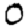
Digit: 0